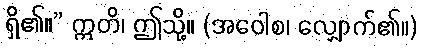
ရှိ၏။” ဣတိ၊ ဤသို့။ (အဝေါစ၊ လျှောက်၏။)